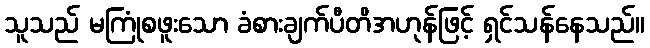
သူသည် မကြုံစဖူးသော ခံစားချက်ပီတိအဟုန်ဖြင့် ရှင်သန်နေသည်။